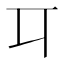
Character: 㔿